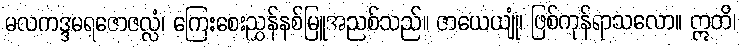
မလကဒ္ဒမရဇောဇလ္လံ၊ ကြေးစေးညွှန်နစ်မြူအညစ်သည်။ ဇာယေယျုံ၊ ဖြစ်ကုန်ရာသလော။ ဣတိ၊